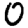
Digit: 0